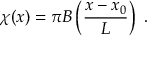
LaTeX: \chi ( x ) = \pi B \left( \frac { x - x _ { 0 } } { L } \right) \ .